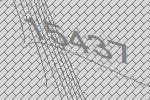
15437